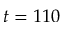
t = 1 1 0